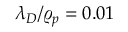
\lambda _ { D } / \varrho _ { p } = 0 . 0 1